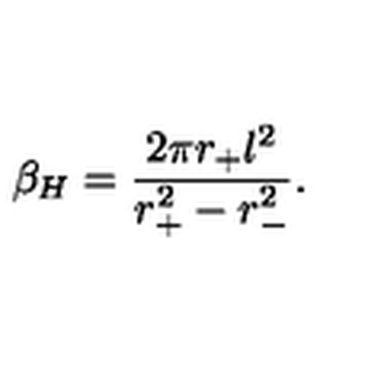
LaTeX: \beta _ { H } = \frac { 2 \pi r _ { + } l ^ { 2 } } { r _ { + } ^ { 2 } - r _ { - } ^ { 2 } } .